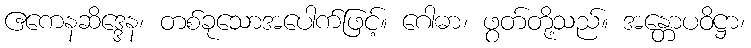
ဧကေနဆိဒ္ဒေန၊ တစ်ခုသောအပေါက်ဖြင့်။ ဂေါဓာ၊ ဖွတ်တို့သည်။ အန္တောပဝိဋ္ဌာ၊